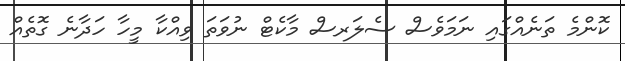
ކޮންމެ ތަނެއްގައި ނަމަވެސް ސެލަރސް މާކެޓް ނުވަތަ ވިއްކާ މީހާ ހަދާނެ ގޮތެއް